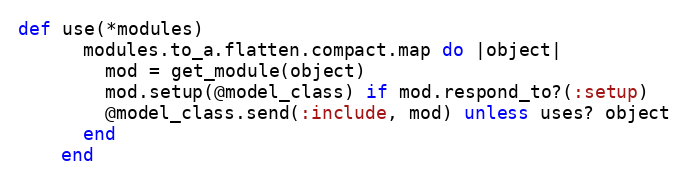
Language: Ruby
def use(*modules)
      modules.to_a.flatten.compact.map do |object|
        mod = get_module(object)
        mod.setup(@model_class) if mod.respond_to?(:setup)
        @model_class.send(:include, mod) unless uses? object
      end
    end